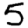
Digit: 5